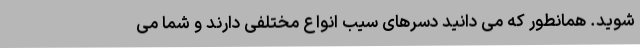
شوید. همانطور که می دانید دسرهای سیب انواع مختلفی دارند و شما می